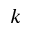
k